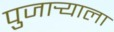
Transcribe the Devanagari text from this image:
पुजार्‍याला